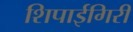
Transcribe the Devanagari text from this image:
शिपाईगिरी